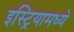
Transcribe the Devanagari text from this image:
इस्ट्रियामध्ये